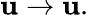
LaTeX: \mathbf{u}\rightarrow\mathbf{u}.